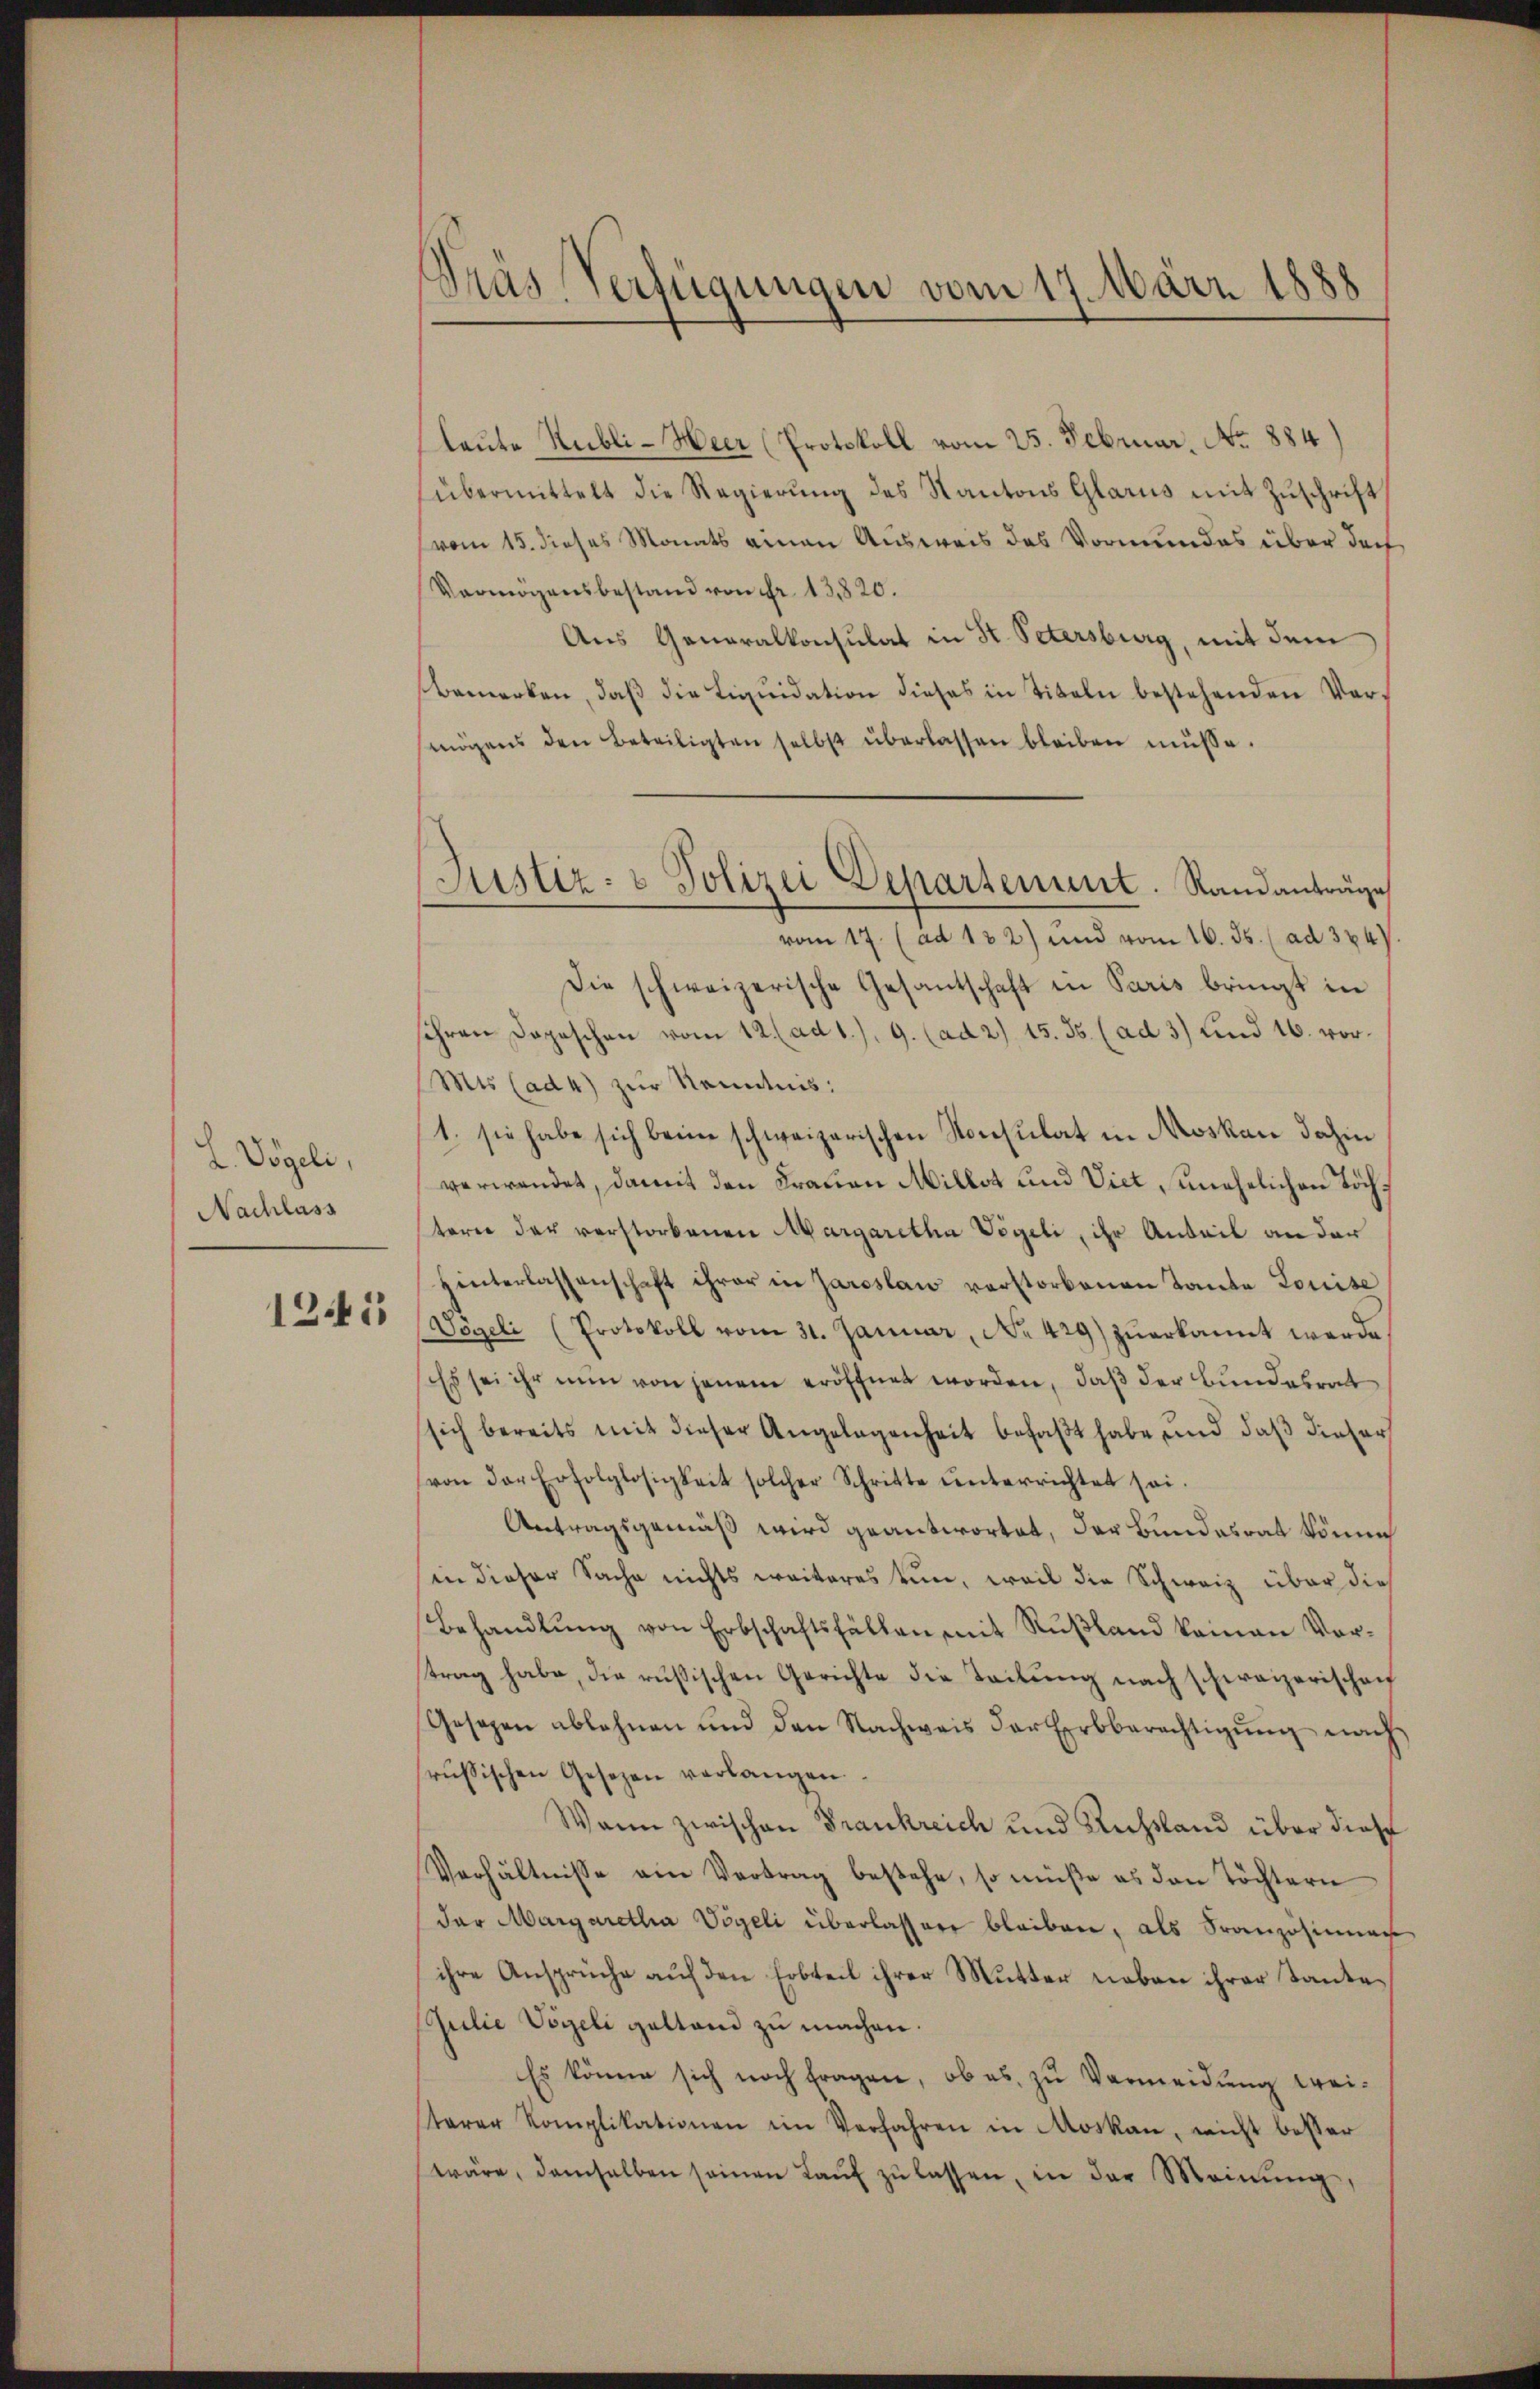
L. Vögeli,
Nachlass

1245

Dräs Verfügungen vom 17. März 1888

laute Rubli-Heer (Protokoll vom 25. Februar. No. 884)
übermittelt die Regierung des Kantons Glarus mit Zuschrift
vom 15. dieses Monats einen Ausweis des Vormundes über doch
Vermögensbestand von Fr. 13820.
Aus Generalkonsulat in St. Petersburg, mit dem
bemerken, daβ die Liqŭidation dieses in Titeln bestehenden Ver-
mögens den Beteiligten selbst überlassen bleiben müsse.
vom 17. (ad 122) und vom 16. ds. (ad 324
Die schweizerische Gesantschaft in Paris bringt in
sihren Dopeschen vom 12. (ad 1.), 9. (ad 2) 15. Js. (ad 3) und 16. vor¬
Mts (ad4) zur Kenntnis:
1. sie habe sich beim schweizerischen Konsulat in Moskau dahin
verwendet, damit den Frauen Millet und Viet, unehelichen Töchterer der verstorbenen Margaretha Vögeli, ihr Anteil an der
hinterlassenschaft ihrer in Jaroslaw verstorbenen Tante Louise
Vogeli (Protokoll vom 31. Januar, No 429) zuerkannt werde
Es sei ihr nun von jenem eröffnet worden, daß der Bundesrat
sich bereits mit dieser Angelegenheit befaßt habe, und daß dieser
von der Erfolglosigkeit solcher Schritte ŭnterrichtet sei.
Antragsgemäß wird geantwortet, der Bundesrat können
in dieser Sache nichts weiteres tun, weil die Schweiz über dies
Behandlŭng von Erbschaftsfällen mit Rŭβland keinen Vor-
trag habe, die russischen Gerichte die Teilung nach schweizerischen
Gesetzen ablehnen und den Nachweis der Erbberechtigŭng nach
russischen Gesetzen verlangen.
Wann zwischen Frankreich und Ausland über diese
Verhältnisse ein Vertrag bestehe, so müße es den Töchtern
der Margaretha Vögeli überlassere bleiben, als Französinner
ihre Ansprüche auf den Erbteil ihrer Mutter neben ihrer Tante¬
Pulie Vögeli gestand zu machen.
Es könne sich noch fragen, ob es zu Vermeidung trei-
terer Komplikationen im Verfahren in Moskau, nicht besser
wäre, demselben seinen Laŭf zŭ lassen, in der Meinŭng,

Justiz- & Polizei Departenunt. Randanträge